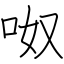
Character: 呶